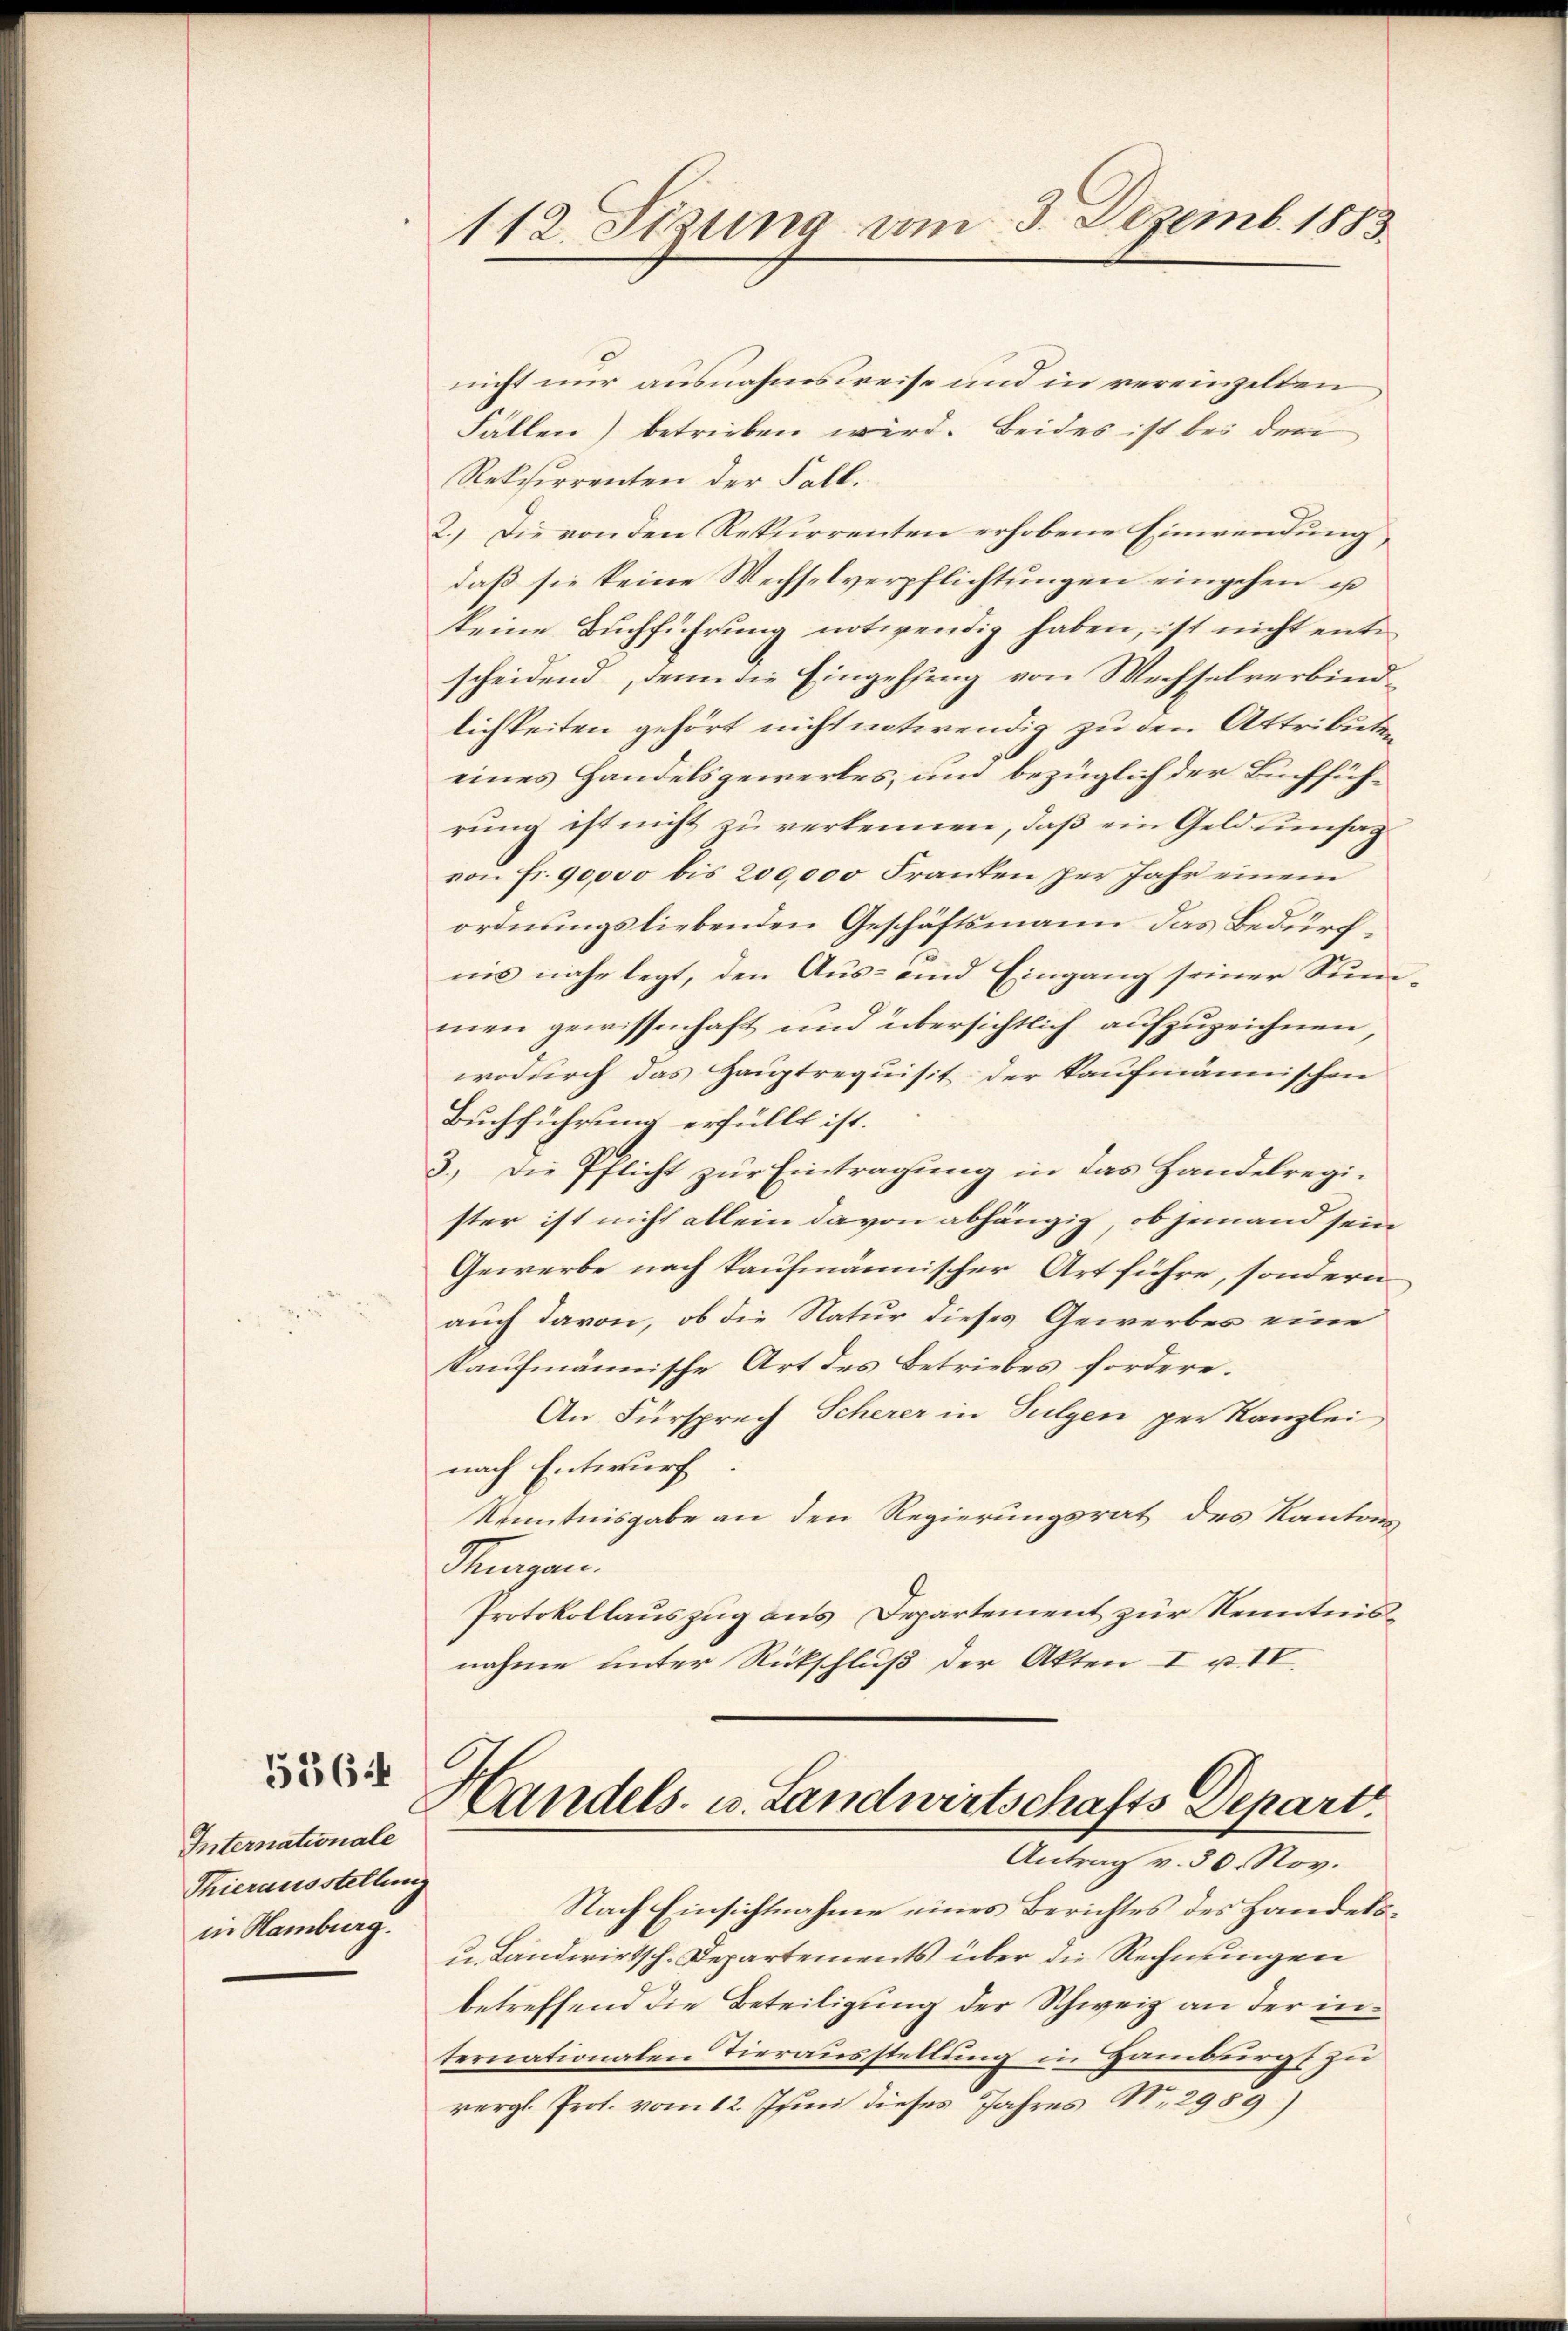
556

Internationale
Thierausstellung
in Hamburg.

112 Sizung vom 3. Dezemb. 1883.

nicht nur ausnahmsweise und in vereinzelten
Fallen) betrieben wird. Beides ist bei der
Rekcirrenten der Fall.
2.) Die von den Rekurrenten erhobene Einwendung,
daß sie keine Wechselverpflichtungen eingehen is
keine Buchführung notivendig haben, ist nicht entscheidend, denn die Eingehung von Wechselverbind
lichkeiten gehört nicht notwendig zu den Attributen
eines Handelsgewerkes, und bezüglich der Buchführung ist nicht zu verkennen, daß ein Geld unsag
von Fr. 90,000 bis 200,000 Franken per Jahr einem
ordnungsliebenden Geschäftsmann das Bedürfnis nahe legt, den Aus- und Eingang seiner Summen gewissenhaft und übersichtlich aufzuzeichnen
wodurch das Hauptrequisit der Kaufmännischen
Buchführung erfüllt ist.
3.) Die Pflicht zur Eintragung in das Handelregister ist nicht allein davon abhängig, ob jemand sein
Gewerbe nach kaufmännischer Art führe, sondern
auch davon, ob die Natur dieses Gewerbes eine
kaufmännische Art des Betriebes fordere.
An Fürsprech Scherer in Sulgen per Kanzlei
nach Entwurf
Kenntnisgabe an den Regierungsrat des Kantons
Stuungen.
Protokollauszug aus Departement zur Kenntnisnahme unter Rückschluß der Akten I u. IV.

Handels- u. Landwirtschafts Depart.
Antrag v. 30. Nov.

Nach Einsichtnahme eines Berichtes des Handels¬
u Landwirtsch. Departements über die Rechnungen
betreffend die Beteiligung der Schweiz an der internationalen Tierausstellung in Hamburgs zu
vergl. Prof. vom 12. Juni dieses Jahres N. 2959)